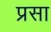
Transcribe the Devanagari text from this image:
प्रसा